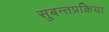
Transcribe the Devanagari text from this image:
सुबन्तप्रक्रिया